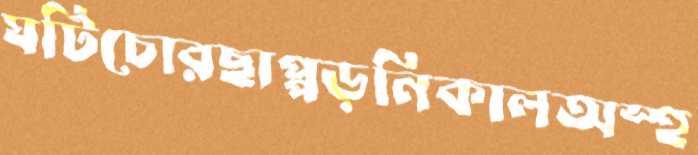
ঘটিচোরছাপ্পড়নিকালঅস্হ